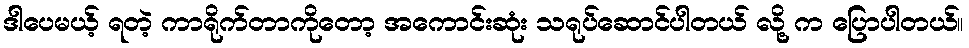
ဒါပေမယ့် ရတဲ့ ကာရိုက်တာကိုတော့ အကောင်းဆုံး သရုပ်ဆောင်ပါတယ် လို့ က ပြောပါတယ်။